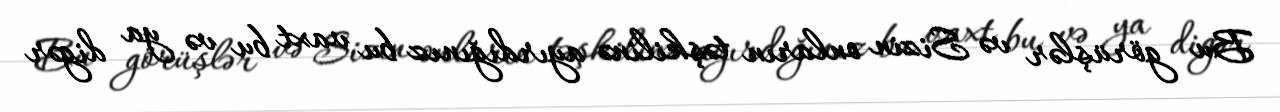
Bu görüşlər və Sizin onların təşkilinə ayırdığınız bu vaxt bu və ya digər